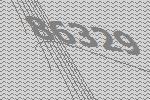
86329